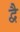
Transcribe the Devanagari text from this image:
द्वेै